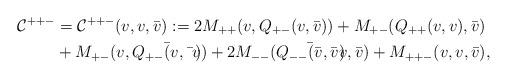
LaTeX: \begin{align*}\mathcal{C}^{++-} & = \mathcal{C}^{++-}(v,v,\bar{v}) := 2M_{++}( v, Q_{+-}(v,\bar{v}))+ M_{+-}( Q_{++}(v,v), \bar{v})\\&+ M_{+-}(v, \bar{Q_{+-}(v,\bar{v})})+ 2M_{--}( \bar{Q_{--}(\bar{v},\bar{v})}, \bar{v}) + M_{++-}(v,v, \bar{v}) ,\end{align*}